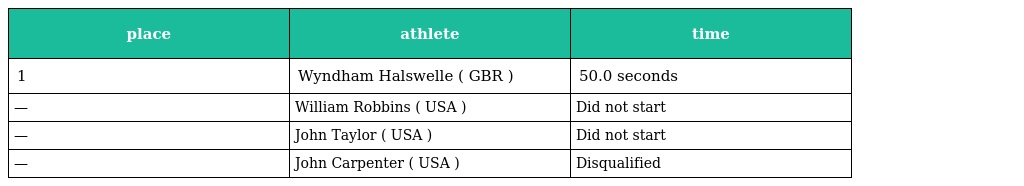
| place | athlete | time |
 | --- | --- | --- |
 | 1 | Wyndham Halswelle ( GBR ) | 50.0 seconds |
 | — | William Robbins ( USA ) | Did not start |
 | — | John Taylor ( USA ) | Did not start |
 | — | John Carpenter ( USA ) | Disqualified |